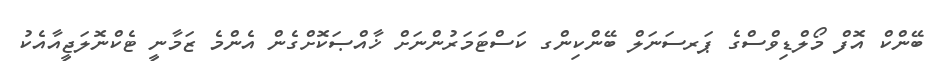
ބޭންކް އޮފް މޯލްޑިވްސްގެ ޕަރސަނަލް ބޭންކިންގ ކަސްޓަމަރުންނަށް ޚާއްޞަކޮށްގެން އެންމެ ޒަމާނީ ޓެކްނޮލަޖީއާއެކު